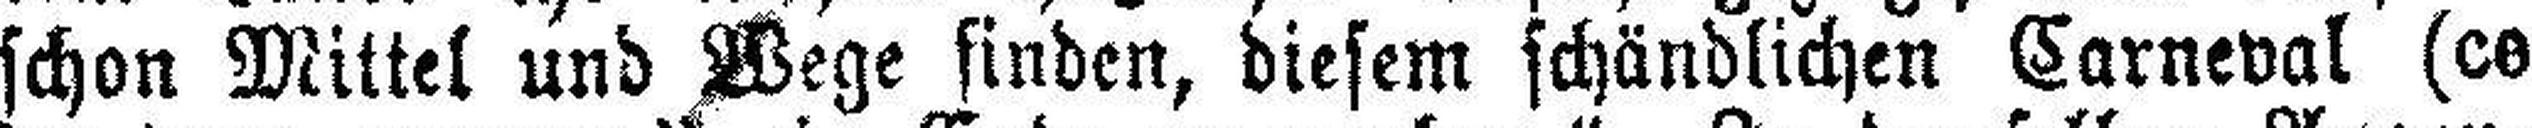
schon Mittel und Wege finden, diesem schändlichen Carneval (ce